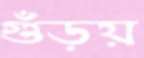
গুঁড়য়